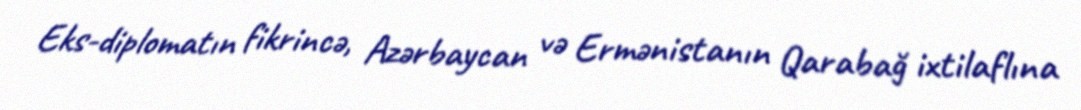
Eks-diplomatın fikrincə, Azərbaycan və Ermənistanın Qarabağ ixtilaflına